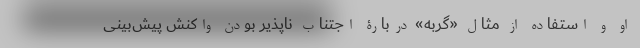
او و استفاده از مثال «گربه» دربارۀ اجتناب ناپذیر بودن واکنش پیش‌بینی